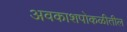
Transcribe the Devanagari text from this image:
अवकाशपोकळीतील